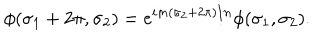
\phi ( \sigma _ { 1 } + 2 \pi , \sigma _ { 2 } ) = e ^ { i m ( \sigma _ { 2 } + 2 \pi ) / n } \phi ( \sigma _ { 1 } , \sigma _ { 2 } ) .